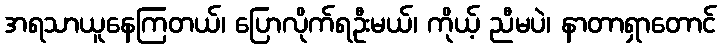
အရသာယူနေကြတယ်၊ ပြောလိုက်ရဦးမယ်၊ ကိုယ့် ညီမပဲ၊ နာတာရှာတောင်